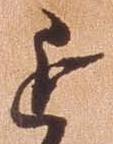
追